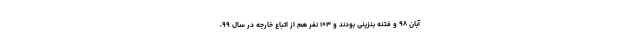
آبان ۹۸ و فتنه بنزینی بودند و ۱۰۳ نفر هم از اتباع خارجه در سال ۹۹،